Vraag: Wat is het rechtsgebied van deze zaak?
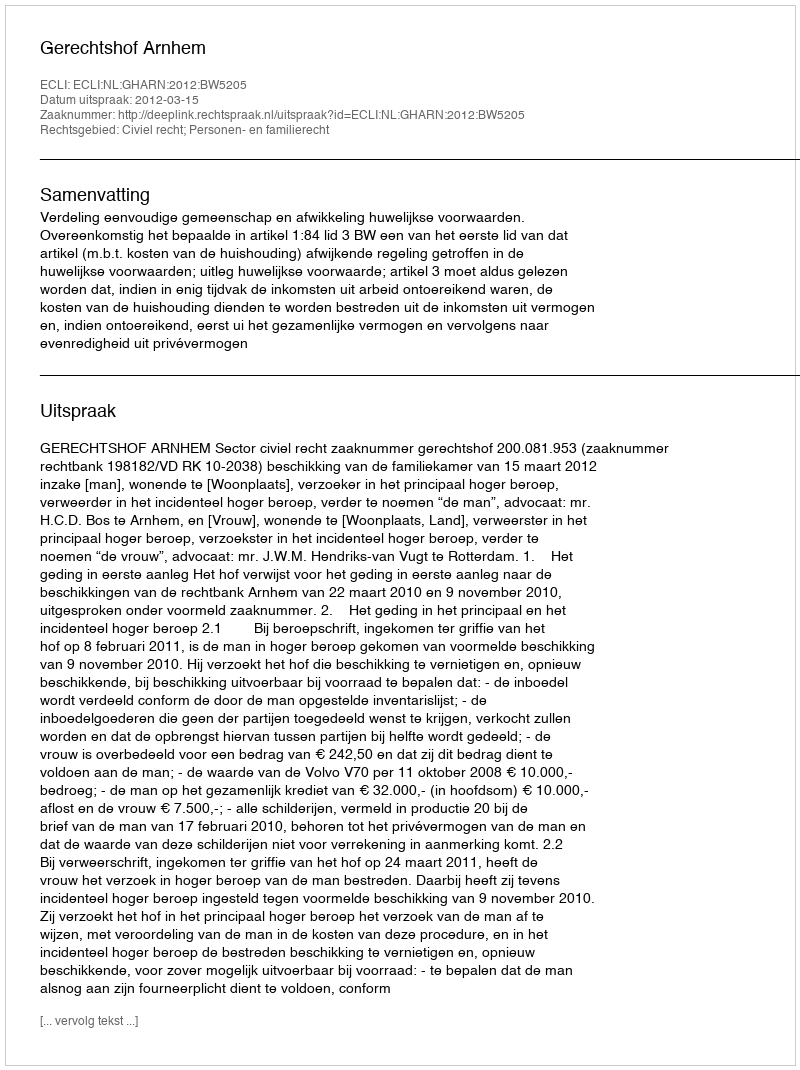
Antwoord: Civiel recht; Personen- en familierecht